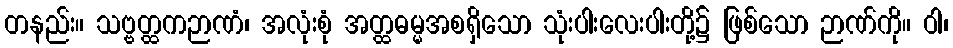
တနည်း။ သဗ္ဗတ္ထကဉာဏံ၊ အလုံးစုံ အတ္ထဓမ္မအစရှိသော သုံးပါးလေးပါးတို့၌ ဖြစ်သော ဉာဏ်ကို။ ဝါ၊